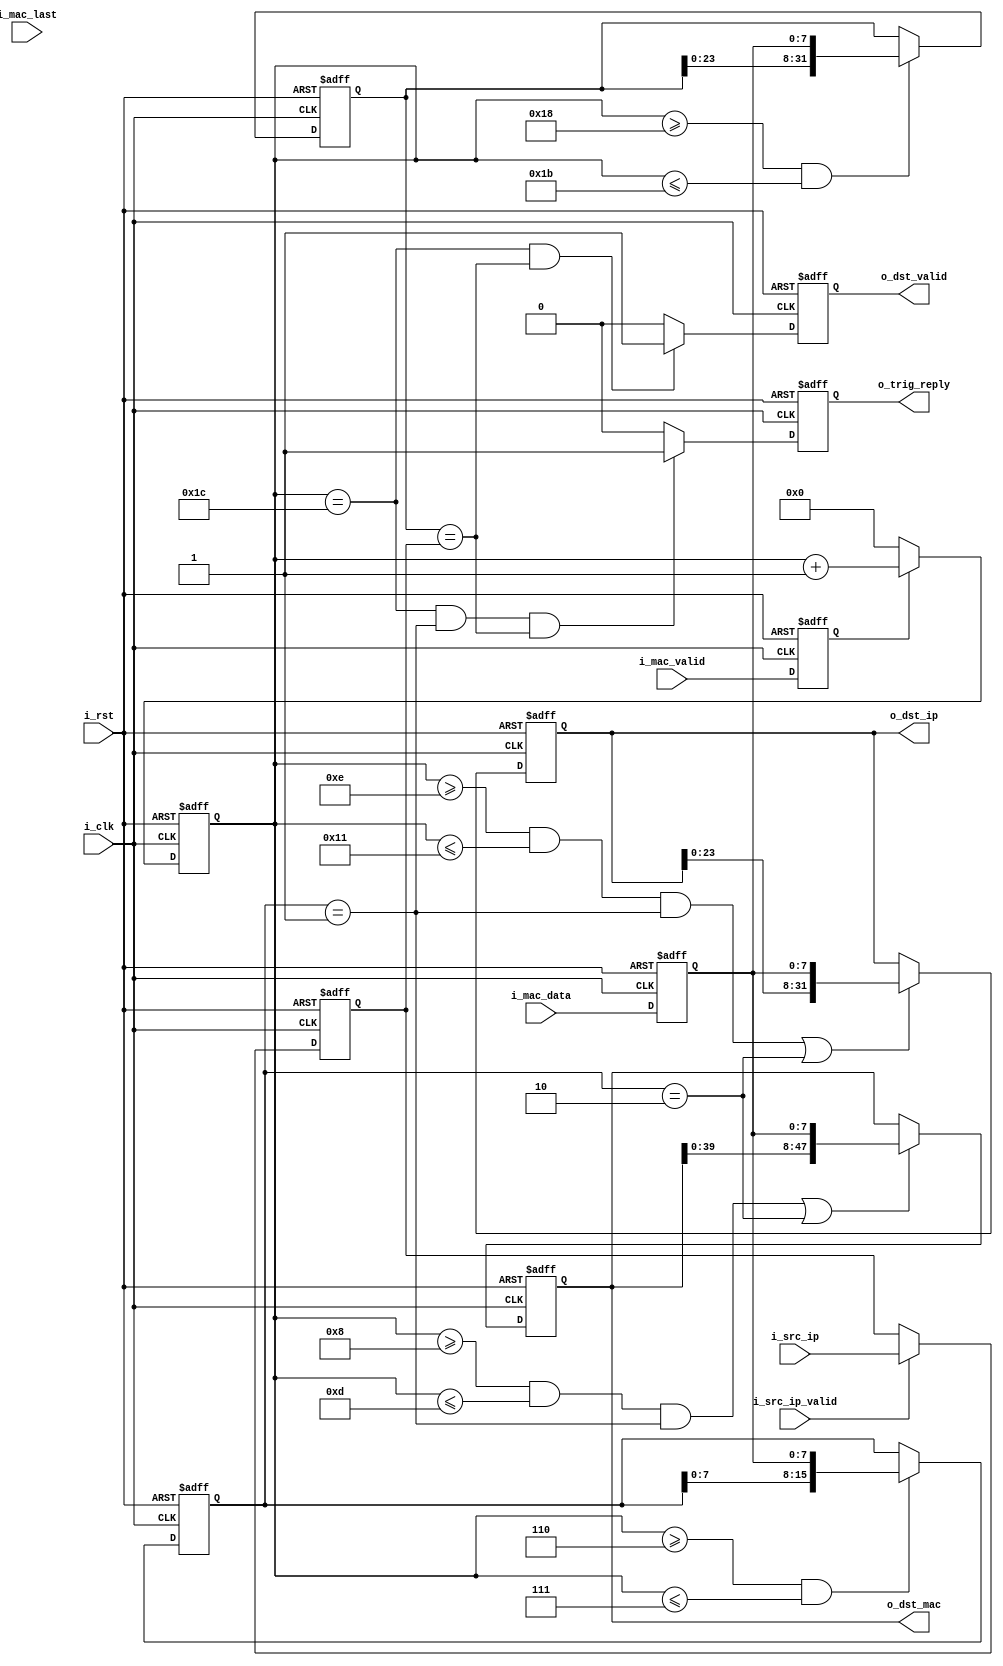
`timescale 1ns / 1ps
//////////////////////////////////////////////////////////////////////////////////
// Company: 
// Engineer: 
// 
// Design Name: 
// Module Name: ARP_RX
// Project Name: 
// Target Devices: 
// Tool Versions: 
// Description: 
// 
// Dependencies: 
// 
// Revision:
// Revision 0.01 - File Created
// Additional Comments:
// 
//////////////////////////////////////////////////////////////////////////////////


module ARP_RX#(
    parameter       P_DST_IP  = {8'd192,8'd168,8'd10,8'd0},
    parameter       P_SRC_IP  = {8'd192,8'd168,8'd10,8'd1},
    parameter       P_SRC_MAC = {8'h00,8'h00,8'h00,8'h00,8'h00,8'h00}
)(
    input           i_clk           ,
    input           i_rst           ,
    /*----info port----*/   
    output  [47:0]  o_dst_mac       ,
    output  [31:0]  o_dst_ip        ,
    output          o_dst_valid     ,
    input   [31:0]  i_src_ip        , 
    input           i_src_ip_valid  ,

    output          o_trig_reply    ,
    /*----MAC port----*/    
    input   [7 :0]  i_mac_data      ,
    input           i_mac_last      ,
    input           i_mac_valid     
);
/******************************function***************************/

/******************************parameter**************************/
localparam  P_ARP_OP_REQ    = 16'd1;
localparam  P_ARP_OP_REPLY  = 16'd2;
/******************************port*******************************/

/******************************machine****************************/

/******************************reg********************************/
reg  [7 :0]     ri_mac_data     ;
reg             ri_mac_last     ;
reg             ri_mac_valid    ;
reg  [31:0]     r_src_ip        ;
reg             ro_trig_reply   ;
reg  [47:0]     ro_dst_mac      ;
reg  [31:0]     ro_dst_ip       ;
reg             ro_dst_valid    ;
//
reg  [15:0]     r_recv_arp_cnt  ;
reg  [15:0]     r_arp_op        ;
reg  [31:0]     r_recv_dst_ip   ;
/******************************wire*******************************/

/******************************component**************************/

/******************************assign*****************************/
assign  o_dst_mac       =   ro_dst_mac      ;
assign  o_dst_ip        =   ro_dst_ip       ;
assign  o_dst_valid     =   ro_dst_valid    ;
assign  o_trig_reply    =   ro_trig_reply   ;
/******************************always*****************************/
always @(posedge i_clk or posedge i_rst)begin
    if(i_rst)begin
        ri_mac_data  <= 'd0;
        ri_mac_last  <= 'd0;
        ri_mac_valid <= 'd0;
    end
    else begin
        ri_mac_data  <= i_mac_data ;
        ri_mac_last  <= i_mac_last ;
        ri_mac_valid <= i_mac_valid;        
    end
end

always @(posedge i_clk or posedge i_rst)begin
    if(i_rst)
        r_src_ip <= P_SRC_IP;
    else if(i_src_ip_valid)
        r_src_ip <= i_src_ip;
    else
        r_src_ip <= r_src_ip;
end
//
always @(posedge i_clk or posedge i_rst)begin
    if(i_rst)
        r_recv_arp_cnt <= 'd0;
    else if(ri_mac_valid)
        r_recv_arp_cnt <= r_recv_arp_cnt + 'd1;
    else
        r_recv_arp_cnt <= 'd0;
end

//
always @(posedge i_clk or posedge i_rst)begin
    if(i_rst)
        r_arp_op <= 'd0;
    else if(r_recv_arp_cnt >= 6 && r_recv_arp_cnt <= 7)
        r_arp_op <= {r_arp_op[7:0],ri_mac_data};
    else
        r_arp_op <= r_arp_op;
end
//ARPIPmac
//dst IP  mac IPmac
always @(posedge i_clk or posedge i_rst)begin
    if(i_rst)
        ro_dst_mac <= 'd0;
    else if(r_recv_arp_cnt >= 8 && r_recv_arp_cnt <= 13 && r_arp_op == P_ARP_OP_REQ || r_arp_op == P_ARP_OP_REPLY)
        ro_dst_mac <= {ro_dst_mac[39:0],ri_mac_data};
    else
        ro_dst_mac <= ro_dst_mac;
end

always @(posedge i_clk or posedge i_rst)begin
    if(i_rst)
        ro_dst_ip <= 'd0;
    else if(r_recv_arp_cnt >= 14 && r_recv_arp_cnt <= 17 && r_arp_op == P_ARP_OP_REQ || r_arp_op == P_ARP_OP_REPLY)
        ro_dst_ip <= {ro_dst_ip[23:0],ri_mac_data};
    else
        ro_dst_ip <= ro_dst_ip;
end
//IPIP
always @(posedge i_clk or posedge i_rst)begin
    if(i_rst)
        r_recv_dst_ip <= 'd0;
    else if(r_recv_arp_cnt >= 24 && r_recv_arp_cnt <= 27)
        r_recv_dst_ip <= {r_recv_dst_ip[23:0],ri_mac_data};
    else
        r_recv_dst_ip <= r_recv_dst_ip;
end

always @(posedge i_clk or posedge i_rst)begin
    if(i_rst)
        ro_dst_valid <= 'd0;
    else if(r_recv_arp_cnt == 28 && r_recv_dst_ip == r_src_ip)
        ro_dst_valid <= 'd1;
    else
        ro_dst_valid <= 'd0;
end

always @(posedge i_clk or posedge i_rst)begin
    if(i_rst)
        ro_trig_reply <= 'd0;
    else if(r_recv_arp_cnt == 28 && r_arp_op == P_ARP_OP_REQ && r_recv_dst_ip == r_src_ip)
        ro_trig_reply <= 'd1;
    else
        ro_trig_reply <= 'd0;
end

endmodule